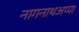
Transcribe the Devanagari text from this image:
नागनाथअप्पा